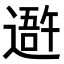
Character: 𨖍